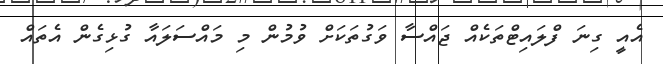
އެއީ ގިނަ ފްލައިޓްތަކެއް ޖައްސާ ވަގުތަކަށް ވުމުން މި މައްސަލައާ ގުޅިގެން އެތައް